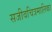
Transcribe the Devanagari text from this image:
सजीवचित्रमालिका